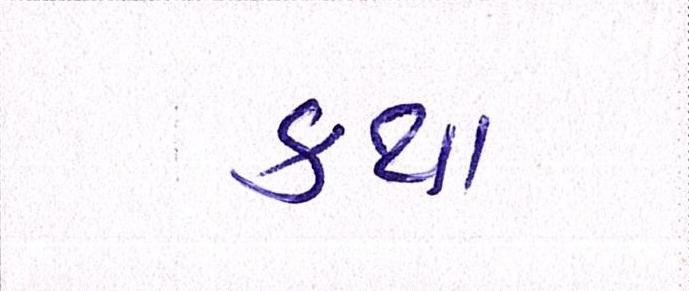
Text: કથા